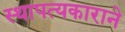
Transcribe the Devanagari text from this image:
स्थापत्यकाराने